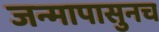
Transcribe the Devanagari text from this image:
जन्मापासुनच